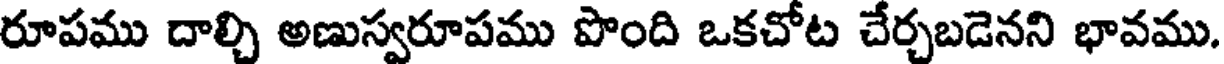
రూపము దాల్చి అణుస్వరూపము పొంది ఒకచోట చేర్చబడెనని భావము